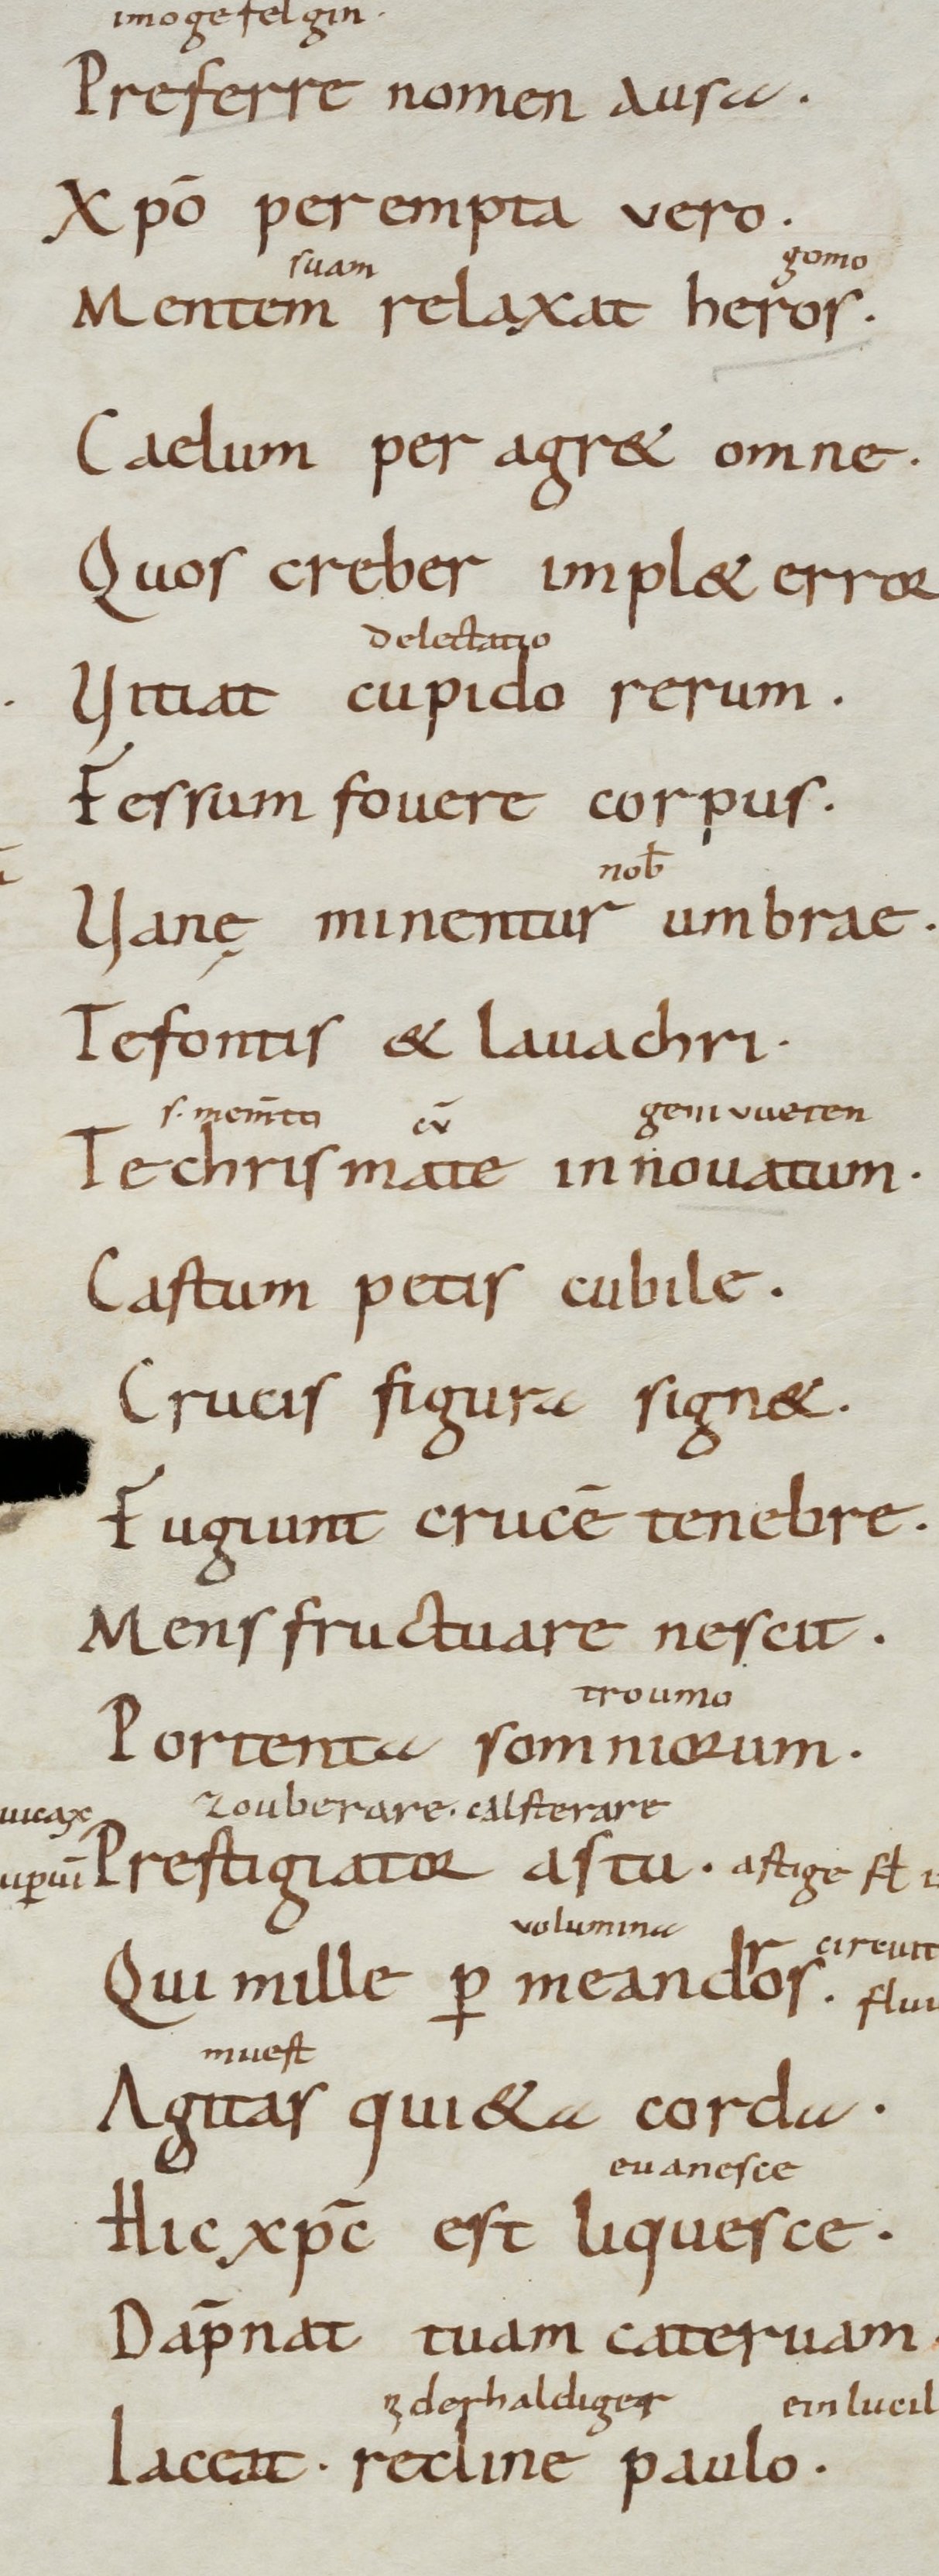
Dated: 900–999